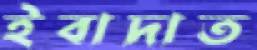
ইবাদাত